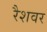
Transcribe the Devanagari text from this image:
रैशवर